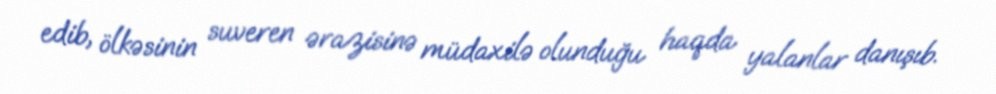
edib, ölkəsinin suveren ərazisinə müdaxilə olunduğu haqda yalanlar danışıb.